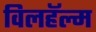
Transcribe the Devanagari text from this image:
विलहॅल्म